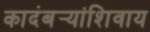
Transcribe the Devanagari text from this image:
कादंबर्‍यांशिवाय